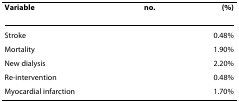
<table><thead><tr><td><b>Variable</b></td><td><b>no.</b></td><td><b>(%)</b></td></tr></thead><tbody><tr><td>Stroke</td><td>[EMPTY_CELL]</td><td>0.48%</td></tr><tr><td>Mortality</td><td>[EMPTY_CELL]</td><td>1.90%</td></tr><tr><td>New dialysis</td><td>[EMPTY_CELL]</td><td>2.20%</td></tr><tr><td>Re-intervention</td><td>[EMPTY_CELL]</td><td>0.48%</td></tr><tr><td>Myocardial infarction</td><td>[EMPTY_CELL]</td><td>1.70%</td></tr></tbody></table>